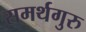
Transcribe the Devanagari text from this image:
समर्थगुरु